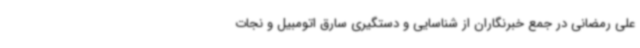
علی رمضانی در جمع خبرنگاران از شناسایی و دستگیری سارق اتومبیل و نجات